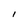
Character: I